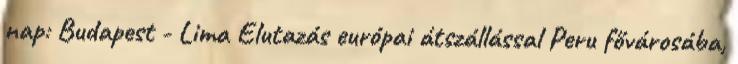
nap: Budapest - Lima Elutazás európai átszállással Peru fővárosába,